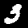
Digit: 3